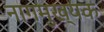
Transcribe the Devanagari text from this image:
नागमुख्यक